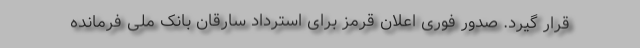
قرار گیرد. صدور فوری اعلان قرمز برای استرداد سارقان بانک ملی فرمانده